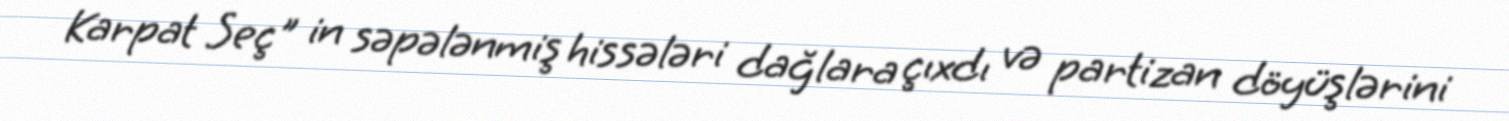
Karpat Seç" in səpələnmiş hissələri dağlara çıxdı və partizan döyüşlərini